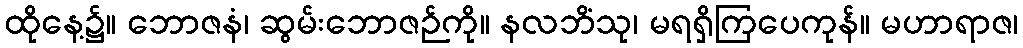
ထိုနေ့၌။ ဘောဇနံ၊ ဆွမ်းဘောဇဉ်ကို။ နလဘိံသု၊ မရရှိကြပေကုန်။ မဟာရာဇ၊